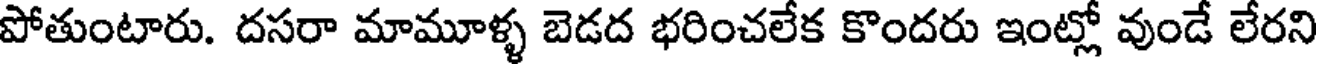
పోతుంటారు. దసరా మామూళ్ళ బెడద భరించలేక కొందరు ఇంట్లో వుండే లేరని